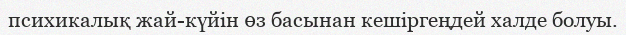
психикалық жай-күйін өз басынан кешіргеңдей халде болуы.